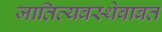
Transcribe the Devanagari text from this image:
जातिव्यवस्थेबाबत